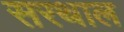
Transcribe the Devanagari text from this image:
सरथाल